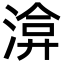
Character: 渰